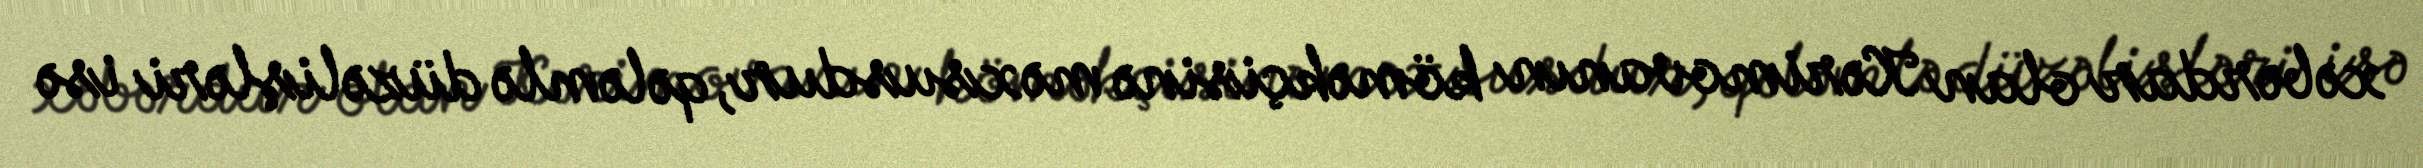
xəbərdar olan Kərimovanın köməkçisinə məxsusdur, qələmlə düzəlişləri isə